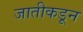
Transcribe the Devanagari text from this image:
जातीकडून